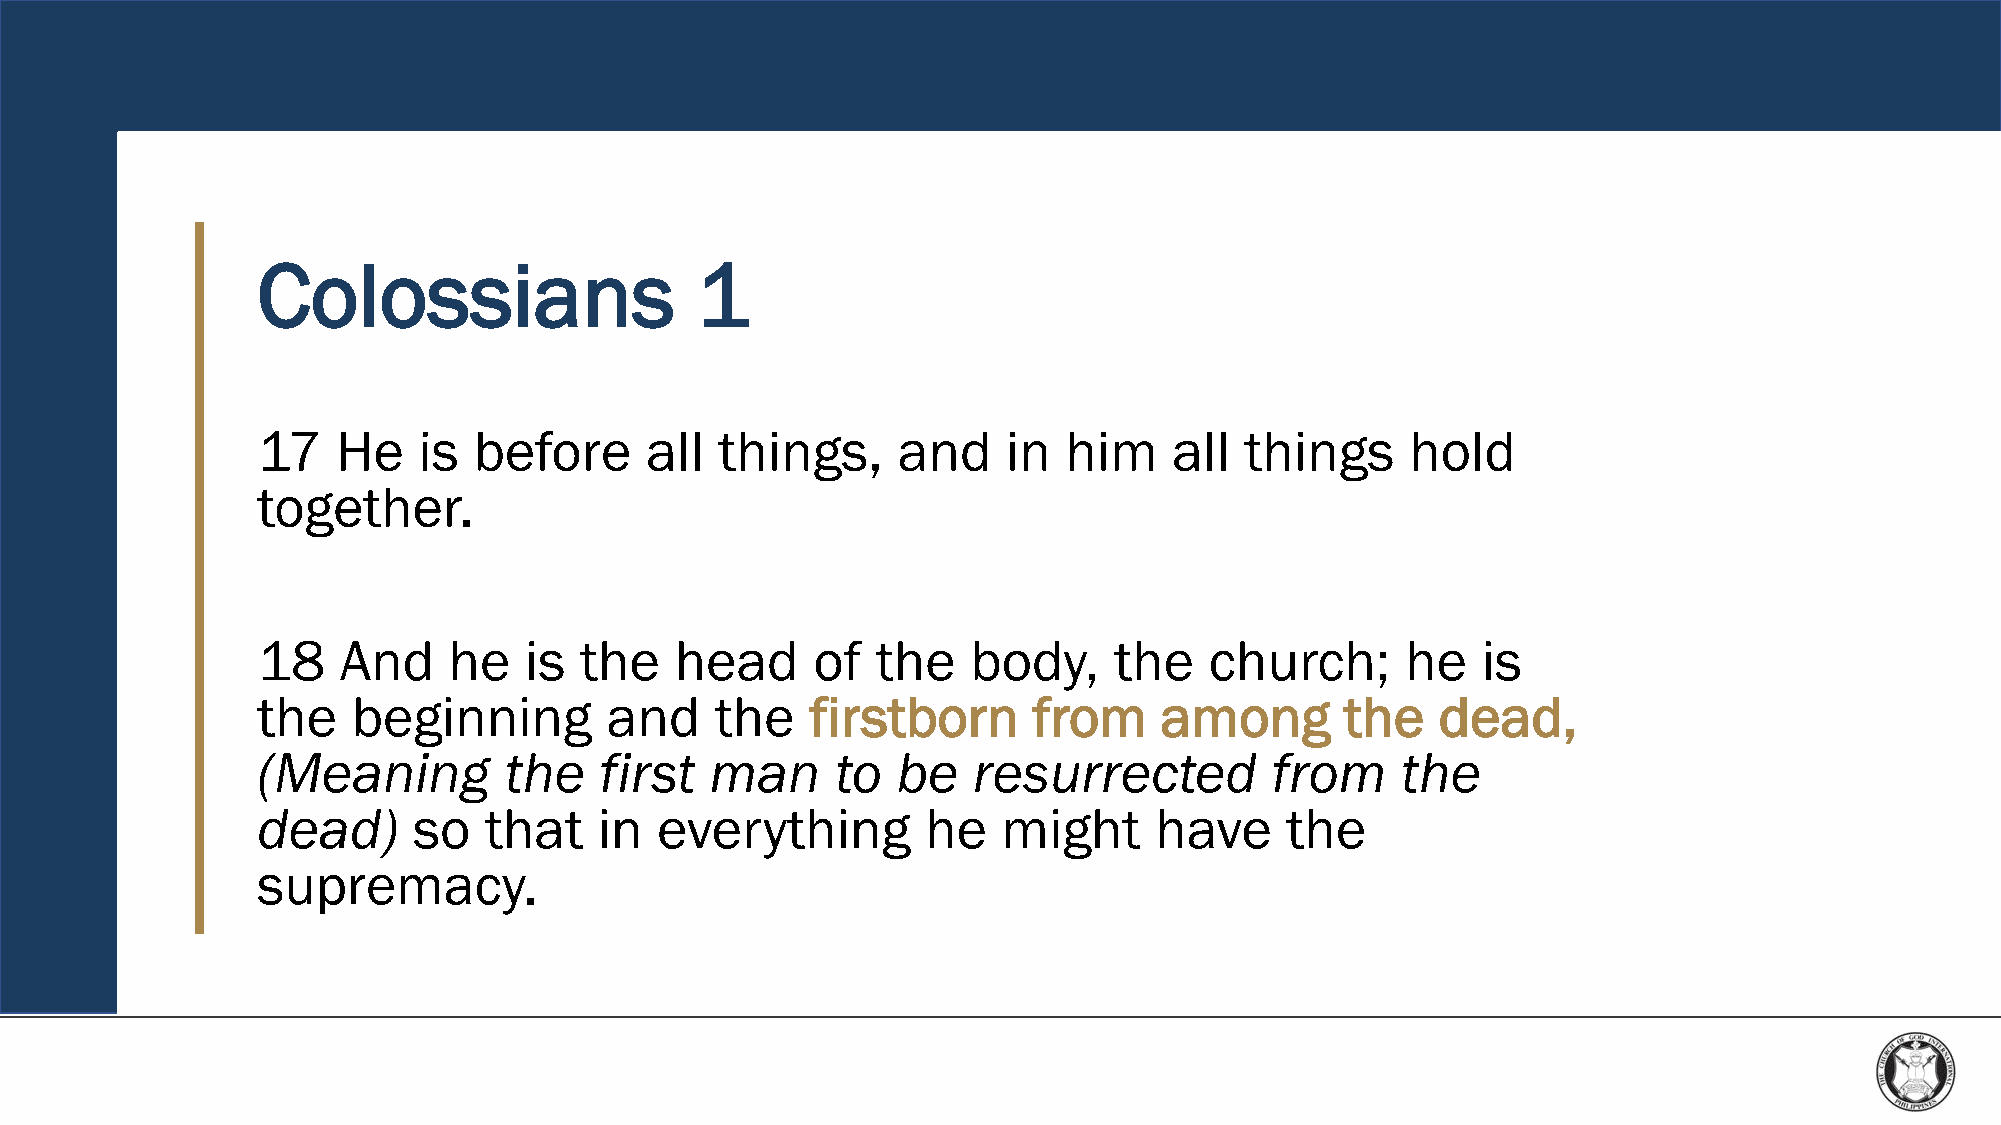
Colossians                   1
 17   He    is before      all  things,    and     in  him    all things     hold
 together.
 18   And     he   is the    head     of  the   body,     the   church;      he   is
 the   beginning        and    the    firstborn     from     among       the   dead,
 (Meaning        the    first  man     to  be   resurrected         from     the
 dead)     so   that    in everything        he   might     have     the
 supremacy.